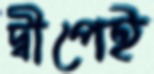
দ্বীপেই